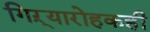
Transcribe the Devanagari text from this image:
गिऱ्यारोहकही